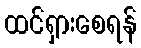
ထင်ရှားစေရန်